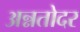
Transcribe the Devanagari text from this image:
अन्नतोदर